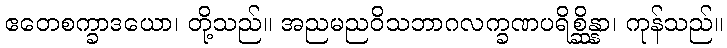
ဧတေစက္ခာဒယော၊ တို့သည်။ အညမညဝိသဘာဂလက္ခဏပရိစ္ဆိန္နာ၊ ကုန်သည်။